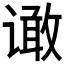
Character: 𰶆